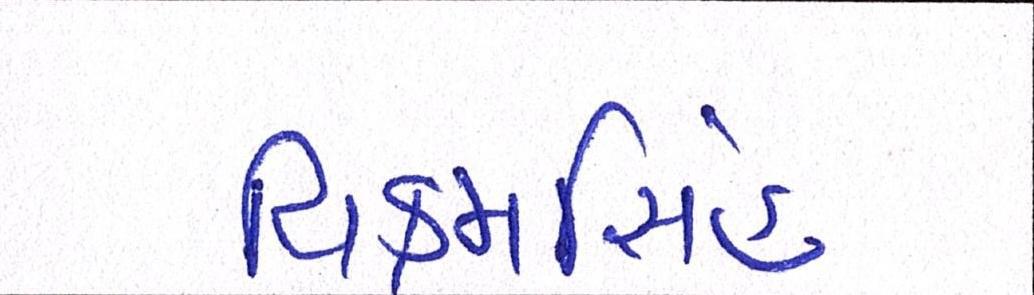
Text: વિક્રમસિંહ